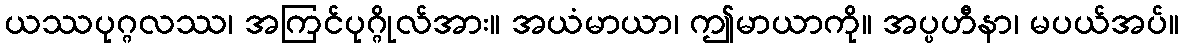
ယဿပုဂ္ဂလဿ၊ အကြင်ပုဂ္ဂိုလ်အား။ အယံမာယာ၊ ဤမာယာကို။ အပ္ပဟီနာ၊ မပယ်အပ်။